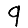
Digit: 9